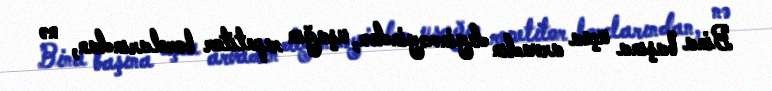
Bina başına uçsa arvadın deyinməyindən, uşağın repetitor borclarından, nə